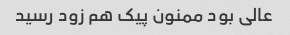
عالی بود ممنون پیک هم زود رسید